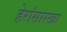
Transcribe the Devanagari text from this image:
हेरांसारखा